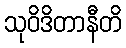
သုဝိဒိတာနီတိ